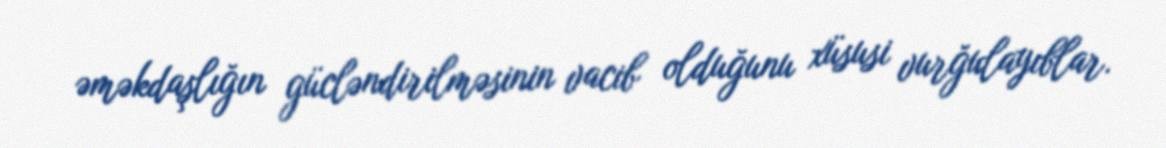
əməkdaşlığın gücləndirilməsinin vacib olduğunu xüsusi vurğulayıblar.